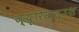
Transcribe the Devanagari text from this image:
ज़्यूरिख़तूउश